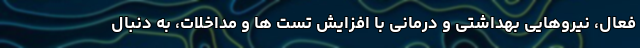
فعال، نیروهایی بهداشتی و درمانی با افزایش تست ها و مداخلات، به دنبال